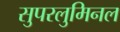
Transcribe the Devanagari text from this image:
सुपरलुमिनल